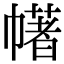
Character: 𢅔